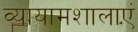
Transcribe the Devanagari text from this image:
व्यायामशालाएं